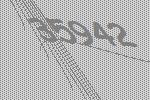
35942